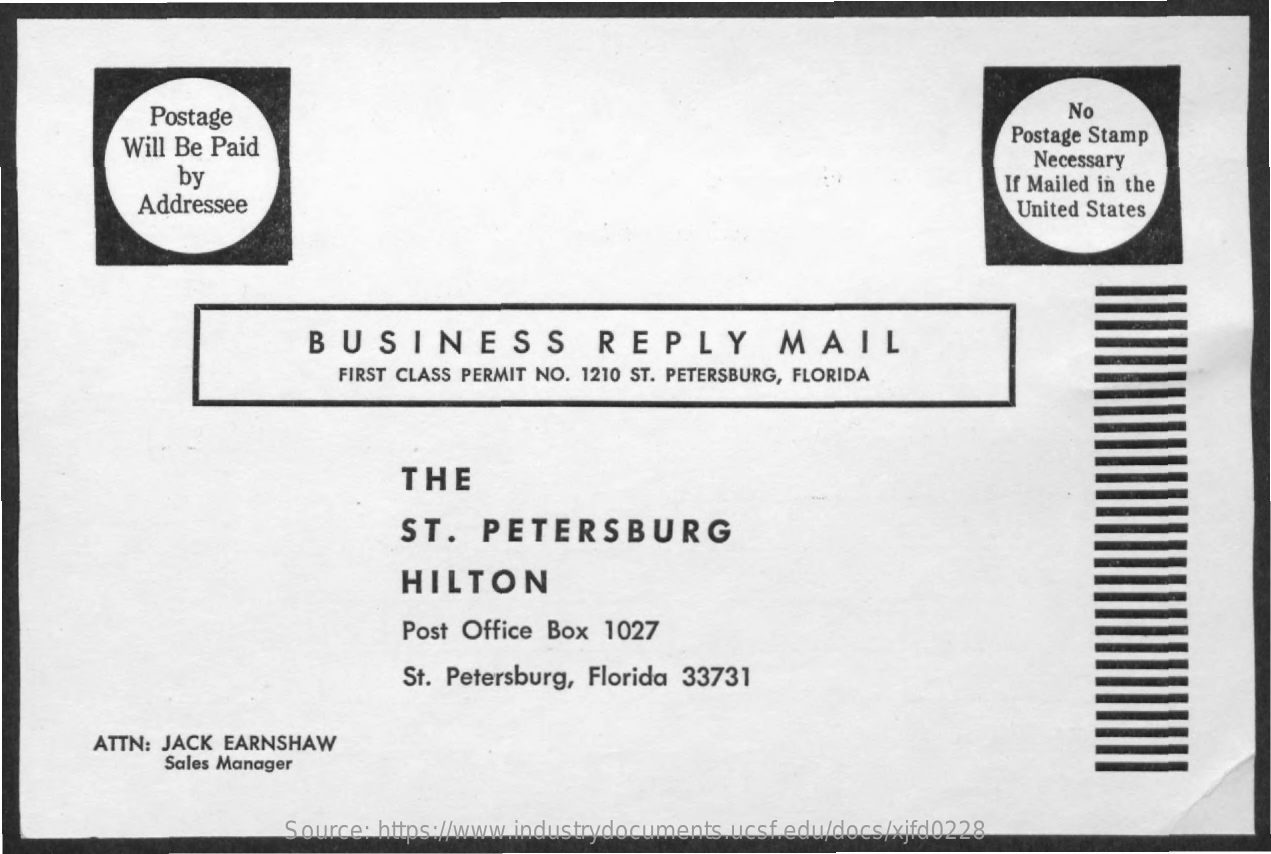
Postage    No
     Will Be Paid    Postage Stamp
     by
     Necessary
     Addressee
     If Mailed in the
     United States
     BUSINESS    REPLY    MAIL
     FIRST CLASS PERMIT NO. 1210 ST. PETERSBURG, FLORIDA
     THE
     ST.   PETERSBURG
     HILTON
     Post Office Box  1027
     St. Petersburg, Florida 33731
     ATTN: JACK EARNSHAW
     Sales Manager
     Source: https://www.industrydocuments.ucsf.edu/docs/xjfd0228